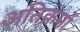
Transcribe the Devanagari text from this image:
अतिक्रमों